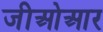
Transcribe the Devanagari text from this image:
जीओआर